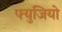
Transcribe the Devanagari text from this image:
फ्युजियो